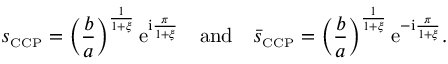
s _ { \scriptscriptstyle { \mathrm { C C P } } } = \left( \frac { b } { a } \right) ^ { \frac { 1 } { 1 + \xi } } \mathrm { e } ^ { \mathrm { i } \frac { \pi } { 1 + \xi } } \quad \mathrm { a n d } \quad \bar { s } _ { \scriptscriptstyle { \mathrm { C C P } } } = \left( \frac { b } { a } \right) ^ { \frac { 1 } { 1 + \xi } } \mathrm { e } ^ { - \mathrm { i } \frac { \pi } { 1 + \xi } } .